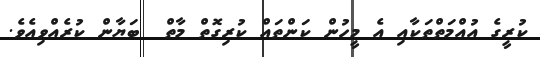
ކުރީގެ އުއްމަތްތަކާއި އެ މީހުން ކަންތައް ކުރިގޮތް މާތް  ބަޔާން ކުރެއްވިއެވެ.